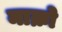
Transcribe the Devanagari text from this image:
माक्रो